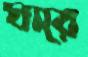
ঘারে